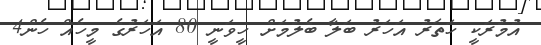
އުމުރަކީ ހަތަރު އަހަރު ބަލާ ބެލުމަށް ހީވަނީ 80 އަހަރުގެ މީހެއް ހެން4